Indian journal of veterinary science and animal husbandry - Volume 8,
Year: 1938
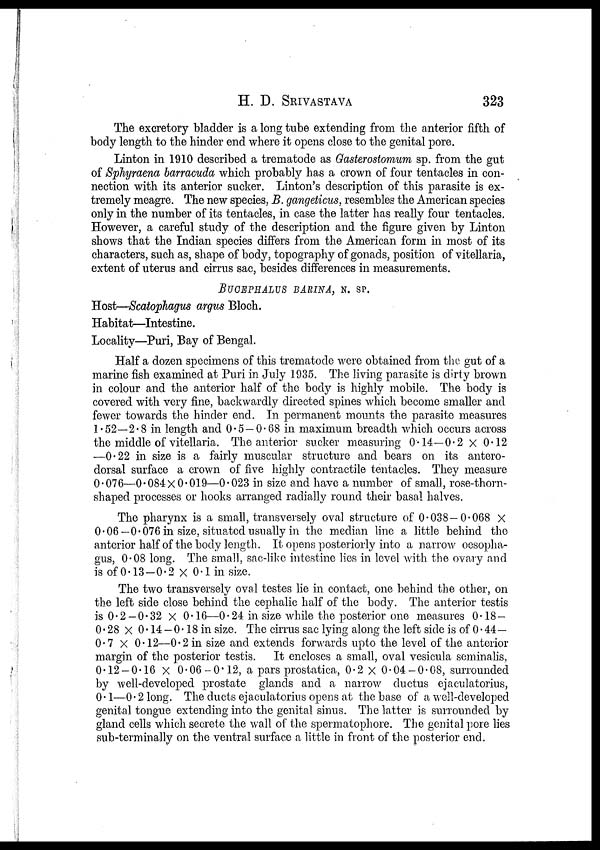
H. D.
SRIVASTAVA
323
The excretory bladder is a long tube extending from the anterior fifth of
body length to the hinder end where it opens close to the genital pore.
Linton in 1910 described a trematode as Gasterostomum sp. from the gut
of Sphyraena barracuda which probably has a crown of four tentacles in con-
nection with its anterior sucker. Linton's description of this parasite is ex-
tremely meagre. The new species, B. gangeticus, resembles the American species
only in the number of its tentacles, in case the latter has really four tentacles.
However, a careful study of the description and the figure given by Linton
shows that the Indian species differs from the American form in most of its
characters, such as, shape of body, topography of gonads, position of vitellaria,
extent of uterus and cirrus sac, besides differences in measurements,
BUCEPHALUS BARINA, N. SP.
Host—Scatophagus argus Bloch.
Habitat—Intestine.
Locality—Puri, Bay of Bengal.
Half a dozen specimens of this trematode were obtained from the gut of a
marine fish examined at Puri in July 1935. The living parasite is dirty brown
in colour and the anterior half of the body is highly mobile. The body is
covered with very fine, backwardly directed spines which become smaller and
fewer towards the hinder end. In permanent mounts the parasite measures
1.52—2.8 in length and 0.5 —0.68 in maximum breadth which occurs across
the middle of vitellaria. The anterior sucker measuring 0.14—0.2 × 0.12
—0.22 in size is a fairly muscular structure and bears on its antero¬
dorsal surface a crown of five highly contractile tentacles. They measure
0.076—0.084 × 0.019—0.023 in size and have a number of small, rose-thorn-
shaped processes or hooks arranged radially round their basal halves.
The pharynx is a small, transversely oval structure of 0.038-0.068 ×
0.06—0.076 in size, situated usually in the median line a little behind the
anterior half of the body length. It opens posteriorly into a narrow oesopha-
gus, 0.08 long. The small, sac-like intestine lies in level with the ovary and
is of 0.13-0.2 × 0.1 in size.
The two transversely oval testes lie in contact, one behind the other, on
the left side close behind the cephalic half of the body. The anterior testis
is 0.2—0.32 × 0.16—0.24 in size while the posterior one measures 0.18-
0.28 × 0.14 - 0.18 in size. The cirrus sac lying along the left side is of 0.44—
0.7 × 0.12—0.2 in size and extends forwards upto the level of the anterior
margin of the posterior testis. It encloses a small, oval vesicula seminalis,
0.12-0.16 × 0.06-0.12, a pars prostatica, 0.2 × 0.04-0.08, surrounded
by well-developed prostate glands and a narrow ductus ejaculatorius,
0.1—0.2 long. The ducts ejaculatorius opens at the base of a well-developed
genital tongue extending into the genital sinus. The latter is surrounded by
gland cells which secrete the wall of the spermatophore. The genital pore lies
sub-terminally on the ventral surface a little in front of the posterior end.